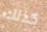
كذلك